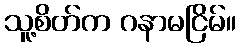
သူ့စိတ်က ဂနာမငြိမ်။